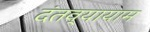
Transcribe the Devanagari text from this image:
दंतव्यायाम